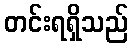
တင်းရရှိသည်